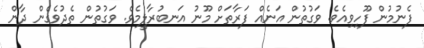
ފެނުމުން ފޫހިވިއެވެ. ވަގުތުން އަނެއް ފަރާތަށް މޫނު އަނބުރާލީމެވެ. ވަގުތުން ތެދުވެގެން ދާން